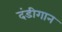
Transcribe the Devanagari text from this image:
दंडीगान